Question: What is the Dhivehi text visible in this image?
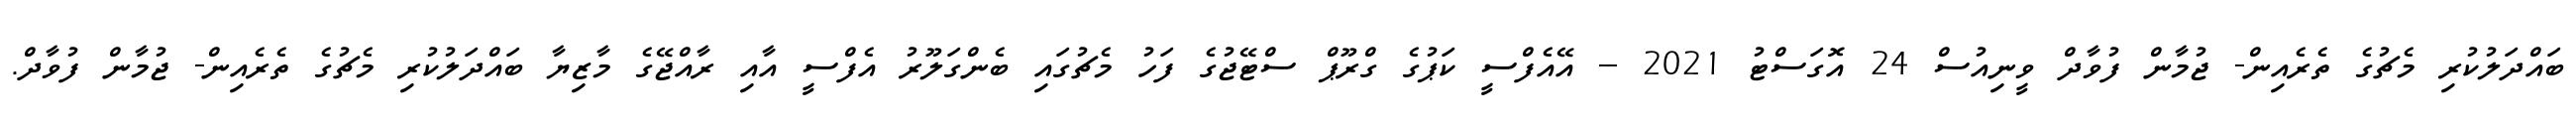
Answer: ބައްދަލުކުރި މެޗުގެ ތެރެއިން- ޖުމާން ފުވާދް ވީނިއުސް 24 އޮގަސްޓު 2021 -- އޭއެފްސީ ކަޕުގެ ގްރޫޕް ސްޓޭޖުގެ ފަހު މެޗުގައި ބެންގަލޫރު އެފްސީ އާއި ރާއްޖޭގެ މާޒިޔާ ބައްދަލުކުރި މެޗުގެ ތެރެއިން- ޖުމާން ފުވާދް.